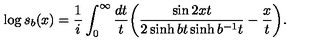
\log s _ { b } ( x ) = \frac { 1 } { i } \int _ { 0 } ^ { \infty } \frac { d t } { t } \biggl ( \frac { \sin 2 x t } { 2 \sinh b t \sinh b ^ { - 1 } t } - \frac { x } { t } \biggl ) .